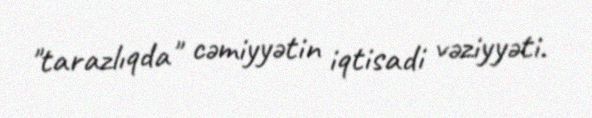
"tarazlıqda" cəmiyyətin iqtisadi vəziyyəti.